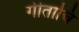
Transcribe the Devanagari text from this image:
गीताचि